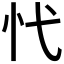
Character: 𢖺